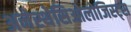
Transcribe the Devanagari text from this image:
अनेस्थेसिओलोजिस्ट्स